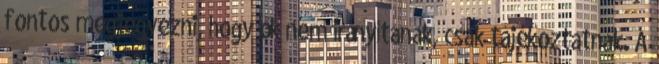
fontos megjegyezni, hogy ők nem irányítanak, csak tájékoztatnak. A